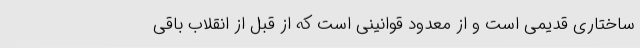
ساختاری قدیمی است و از معدود قوانینی است که از قبل از انقلاب باقی